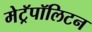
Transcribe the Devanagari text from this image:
मेट्रॅपॉलिटन